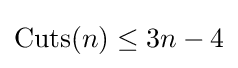
{\text{Cuts}}(n)\leq 3n-4